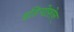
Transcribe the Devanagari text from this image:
इडियोफ़ोन